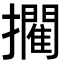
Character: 𭣉